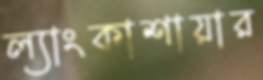
ল্যাংকাশায়ার